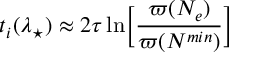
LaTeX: t _ { i } ( \lambda _ { \star } ) \approx 2 \tau \ln \biggr [ \frac { \varpi ( N _ { e } ) } { \varpi ( N ^ { m i n } ) } \biggl ]